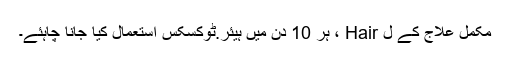
مکمل علاج کے ل Hair ، ہر 10 دن میں ہیئر.ٹوکسکس استعمال کیا جانا چاہئے۔